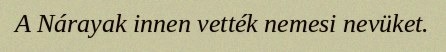
A Nárayak innen vették nemesi nevüket.